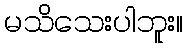
မသိသေးပါဘူး။